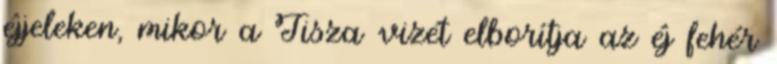
éjjeleken, mikor a Tisza vizét elborítja az éj fehér